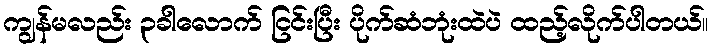
ကျွန်မလည်း ၃ခါလောက် ငြင်းပြီး ပိုက်ဆံဘုံးထဲပဲ ထည့်လိုက်ပါတယ်။